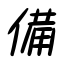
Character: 備